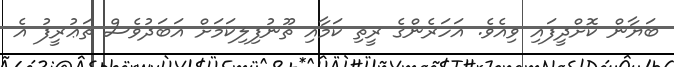
ބަޔާން ކޮށްދީފައި ވިއެެވެ. އަހަރެންގެ ރީތި ކަމާއި ތޫނުފިލިކަމަށް އަބަދުވެސް ތަޢުރީފު އެ